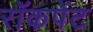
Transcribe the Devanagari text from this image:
रॉकपेंट